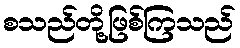
စသည်တို့ဖြစ်ကြသည်